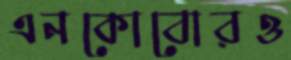
এনকোবোরও